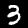
Label: 3